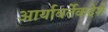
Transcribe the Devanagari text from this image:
आर्यावर्तेकदेशे